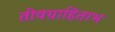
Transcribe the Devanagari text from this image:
तीवग्राहिताभ